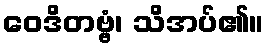
ဝေဒိတဗ္ဗံ၊ သိအပ်၏။